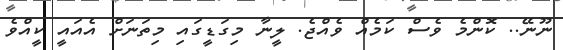
ނޫނޭ.. ކޮންމެ ވެސް ކަމެއް ވެއްޖެ. ލީނާ މިގަޑީގައި މިތަނަށް އެއައީ ކީއްވެ